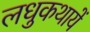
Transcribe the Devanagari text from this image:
लधुकथायें